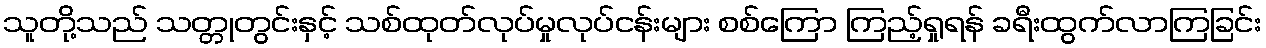
သူတို့သည် သတ္တုတွင်းနှင့် သစ်ထုတ်လုပ်မှုလုပ်ငန်းများ စစ်ကြော ကြည့်ရှုရန် ခရီးထွက်လာကြခြင်း